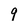
Character: 9